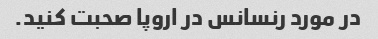
در مورد رنسانس در اروپا صحبت کنید.